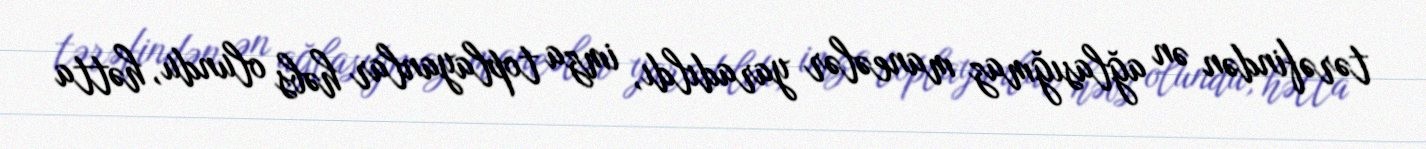
tərəfindən ən ağlasığmaz maneələr yaradıldı, imza toplayanlar həbs olundu, hətta